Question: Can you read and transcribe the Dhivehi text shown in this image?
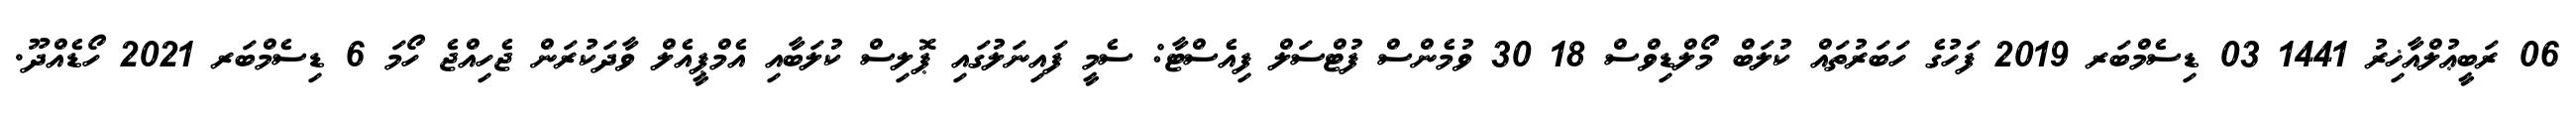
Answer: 06 ރަބީޢުލްއާޚިރު 1441 03 ޑިސެމްބަރ 2019 ފަހުގެ ހަބަރުތައް ކުލަބް މޯލްޑިވްސް 18 30 ވުމެންސް ފުޓްސަލް ފިއެސްޓާ: ސެމީ ފައިނަލުގައި ޕޮލިސް ކުލަބާއި އެމްޕީއެލް ވާދަކުރަން ޖެހިއްޖެ ހޯމަ 6 ޑިސެމްބަރ 2021 ހޯޑެއްދޫ.